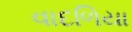
વાદળિયા